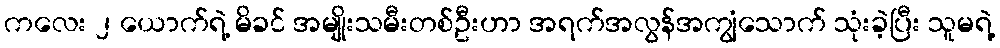
ကလေး ၂ ယောက်ရဲ့ မိခင် အမျိုးသမီးတစ်ဦးဟာ အရက်အလွန်အကျွံသောက် သုံးခဲ့ပြီး သူမရဲ့